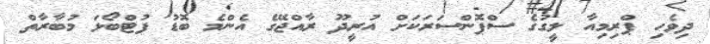
ދިވެހި ޕްރިމިއާ ލީގުގެ ސްޕޮންސަރަކަށް އުރީދޫ ރާއްޖޭގެ އެންމެ ބޮޑު ފުޓްބޯޅަ މުބާރާތް